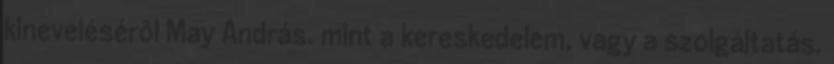
kinevelésérôl May András. mint a kereskedelem, vagy a szolgáltatás.